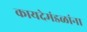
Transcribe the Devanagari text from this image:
कायदेमंडळांना